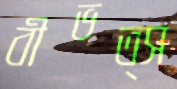
বীভত্স